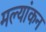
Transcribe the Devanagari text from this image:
मल्यांकन